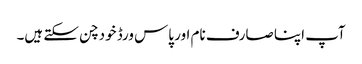
آپ اپنا صارف نام اور پاس ورڈ خود چن سکتے ہیں۔